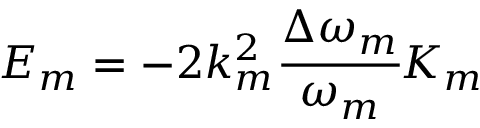
E _ { m } = - 2 k _ { m } ^ { 2 } \cfrac { \Delta \omega _ { m } } { \omega _ { m } } K _ { m }